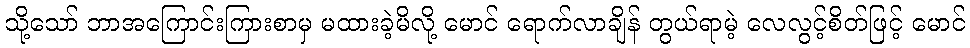
သို့သော် ဘာအကြောင်းကြားစာမှ မထားခဲ့မိလို့ မောင် ရောက်လာချိန် တွယ်ရာမဲ့ လေလွင့်စိတ်ဖြင့် မောင်